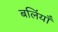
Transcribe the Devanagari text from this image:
बलिंयाँ